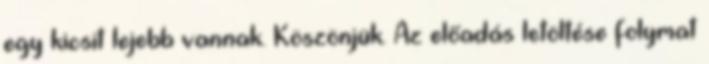
egy kicsit lejebb vannak. Köszönjük. Az előadás letöltése folymat